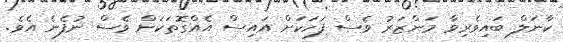
ކާނަލް ބައިވެރިވާ މަންޒަރު ވެސް ފަހަކަށް އައިސް އެއްގޮތަކަށް ވެސް ނުފެނެ އެވެ.